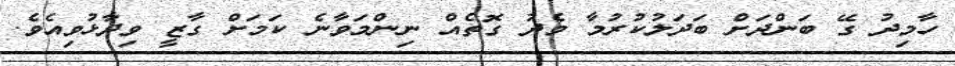
ހާމިދު ގޭ ބަންދަށް ބަދަލުކުރުމާ މެދު ގޮތެއް ނިންމަވާނެ ކަމަށް ގާޒީ ވިދާޅުވިއެވެ.